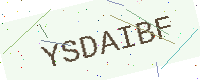
Text: YSDAIBF